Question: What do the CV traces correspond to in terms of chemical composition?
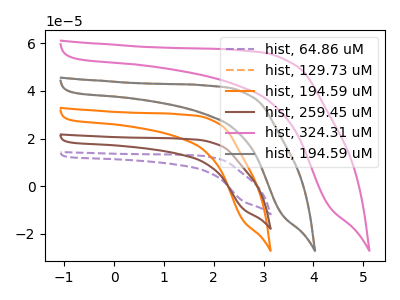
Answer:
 <answer>The purple dashed curve is labeled "hist, 64.86 uM". The orange dashed curve is labeled "hist, 129.73 uM". The orange curve is labeled "hist, 194.59 uM". The brown curve is labeled "hist, 259.45 uM". The pink curve is labeled "hist, 324.31 uM". The gray curve is labeled "hist, 194.59 uM".</answer>
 <eval></eval>